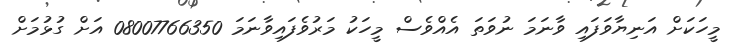
މީހަކަށް އަނިޔާވަފައި ވާނަމަ ނުވަތަ އެއްވެސް މީހަކު މަރުވެފައިވާނަމަ 08007766350 އަށް ގުޅުމަށް